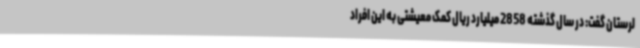
لرستان گفت: در سال گذشته 2858 میلیارد ریال کمک معیشتی به این افراد